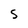
Character: S